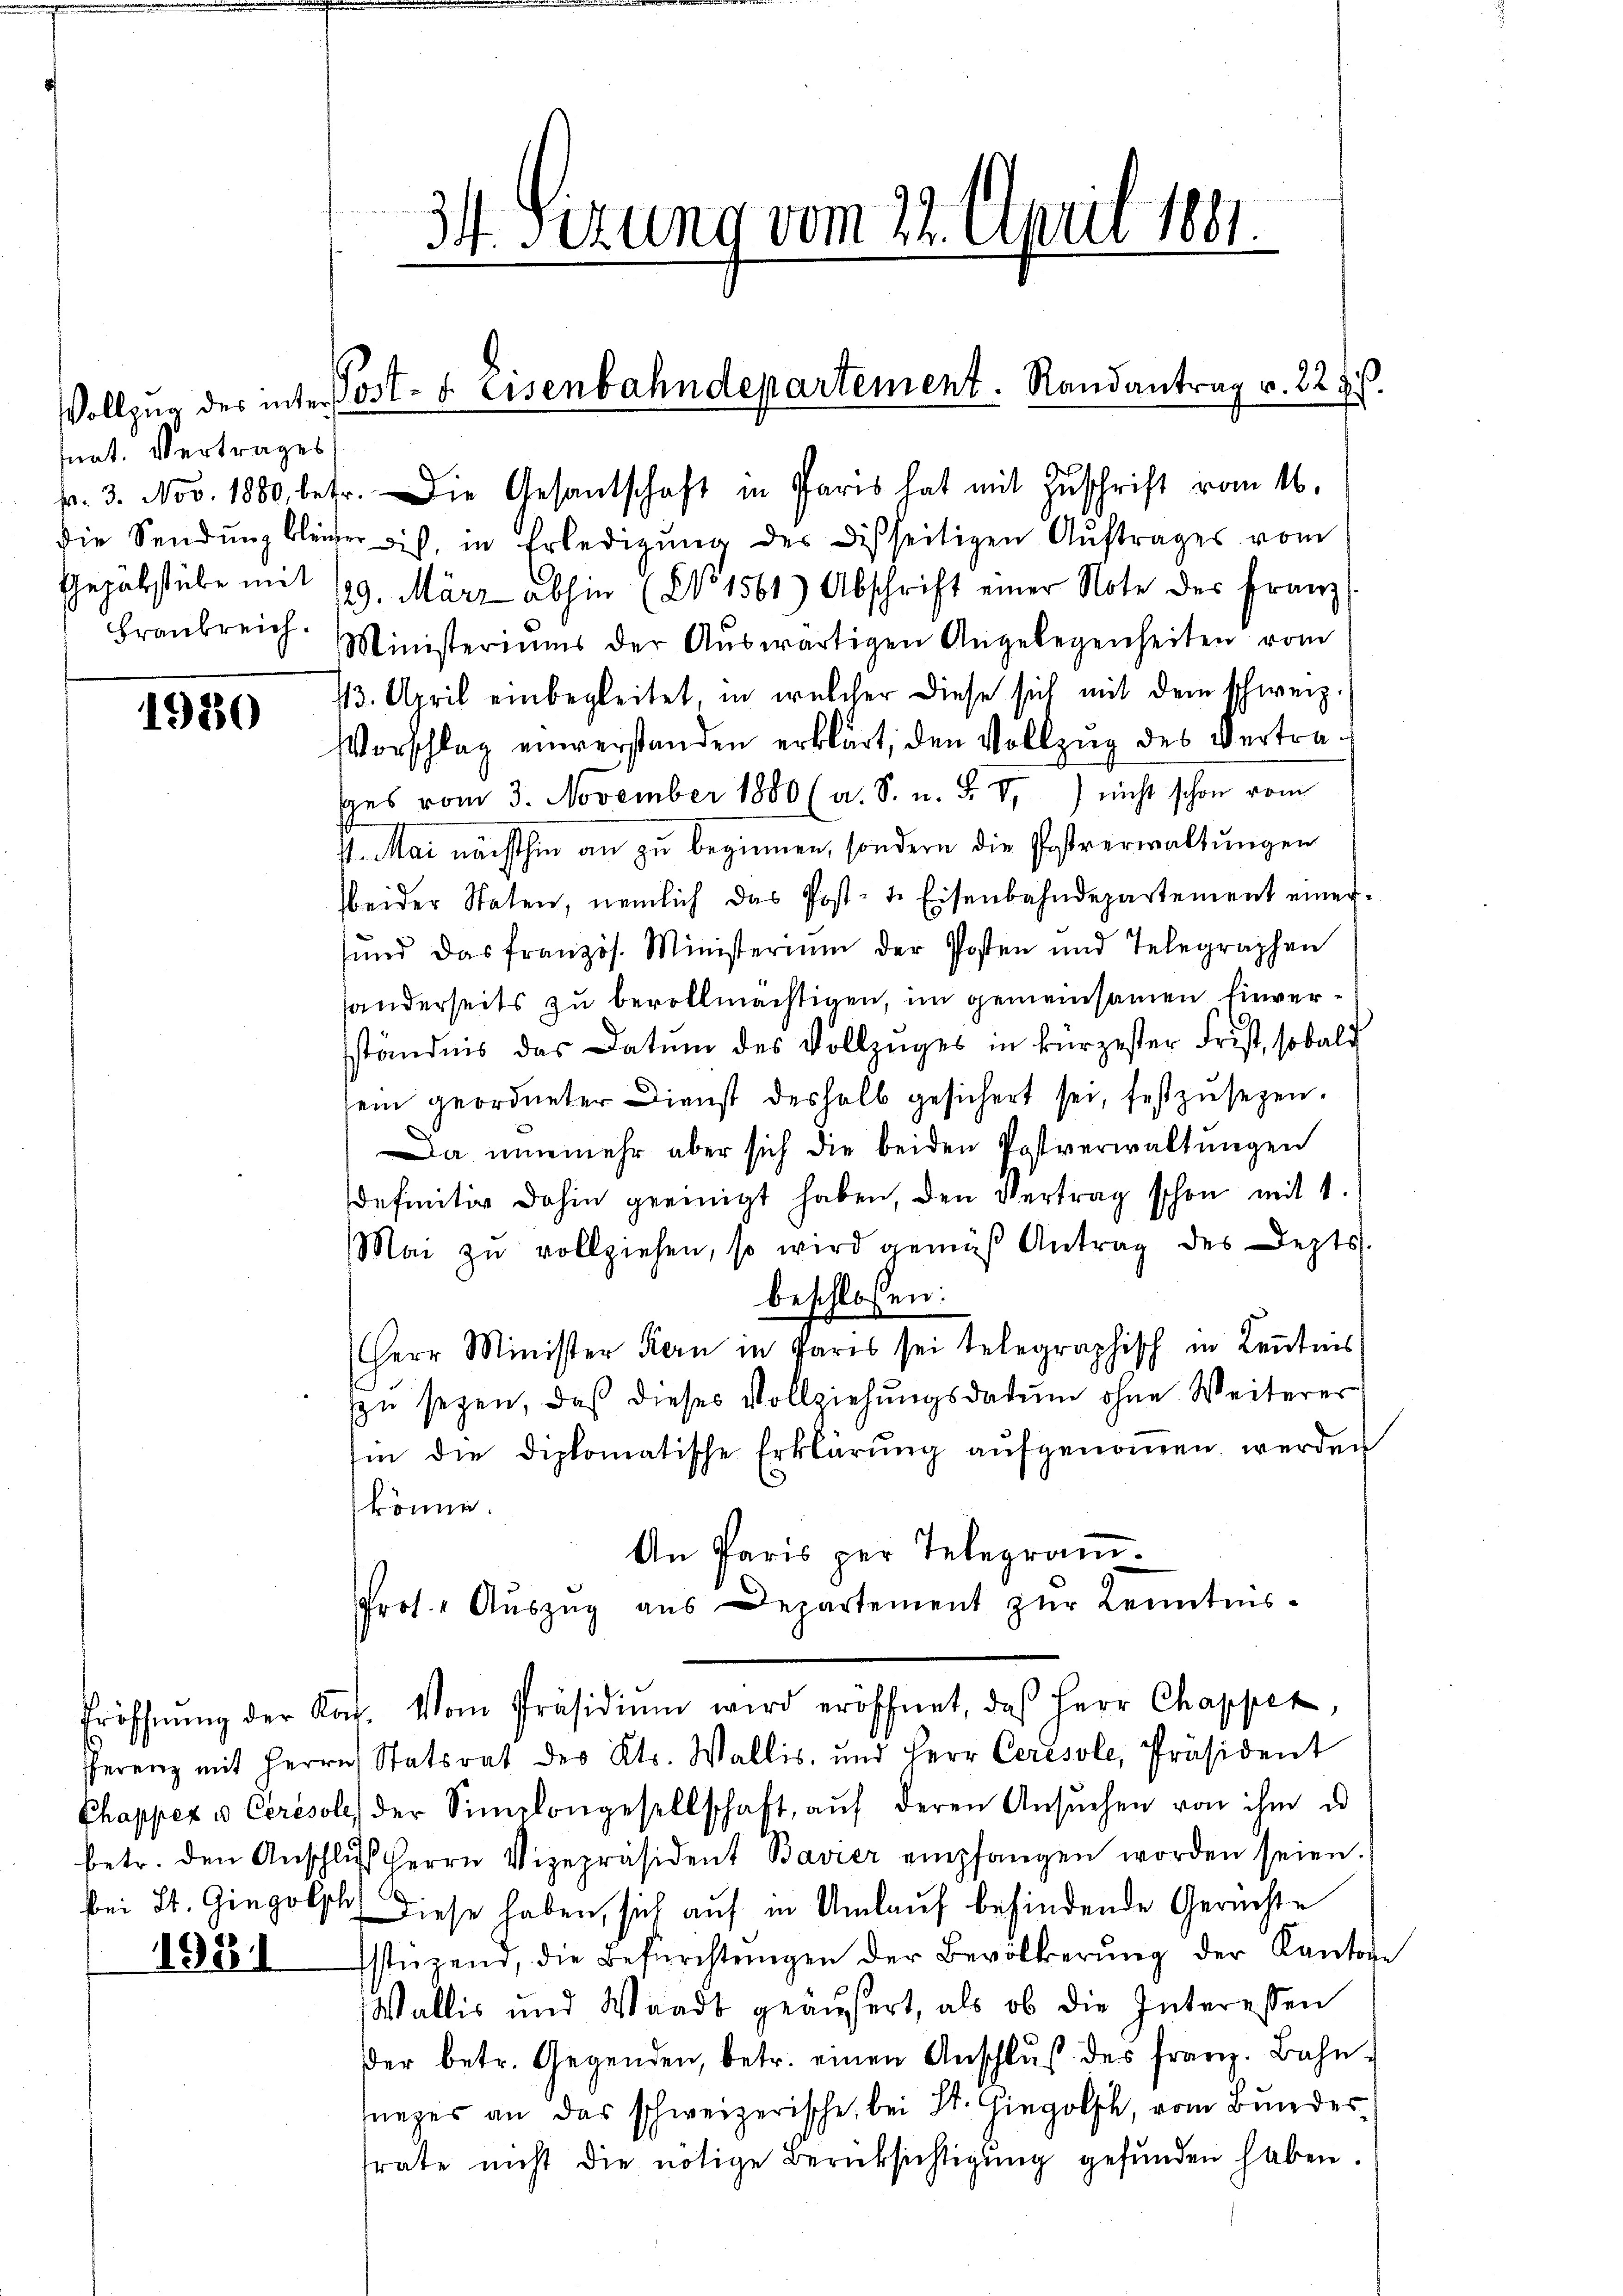
fnat. Vertrages
Gepäbstube mit

1980

1981

p. 3. Nov. 1880, betr. Die Gesantschaft in Paris hat mit Zuschrift vom 16.
die Sendŭng bleiber ich, in Erledigŭng des Disseitigen Aŭftrages vom
29. März abhin (No 1561) Abschrift einer Note der Franz
Fraŭbreich. Ministeriums der Aŭswärtigen Angelegenheiten vom
13. April einbegleitet, in welcher diese sich mit dem schweiz.
Vorschlag einverstanden erklärt, den Vollzŭg des Vertra-
ges vom 3. November 1880 (a. S. u. F. VI.) nicht schon vom
G. Mai nächsthin an zŭ beginnen, sondern die Postverwaltŭngen
beider Staten, nemlich das Post-te Eisenbahndepartement einer-
sŭnd das französ. Ministerium der Posten und Telegraphen
handerseits zu bevollmächtigen, im gemeinsamen Einverständnis das Datum des Vollzuges in kürzester Frist, sobald
sein geordneter Dienst deshalb gesichert sei, festzusetzen.
Da nunmehr aber sich die beiden Postverwaltungen
definitiv dahin geeinigt haben, den Vertrag schon mit 1.
Mai zu vollziehen, so wird gemäß Antrag des Depts
beschlossen:
Herr Minister Kern in Paris sei telegraphisch in Kenntnis
zŭ seyen, daß dieses Vollziehŭngsdatum ohne Weiterer
Ein die diplomatische Erklärung aufgenommen werden
könne.
An Paris per Telegram¬
Pros. " Aŭszŭg aŭs Departement zŭr Kenntnis-
Eröffnŭng der Kof. Vom Präsidiŭm wird eröffnet, daß Herr Chappet,
fferenz mit Herrn Statsrat des Kts. Wallis, und Herr Ceresole, Präsident
Chappez u Ceresole, der Simplongesellschaft, aŭf deren Ansŭchen von ihm u
betr. den Anschlŭβ Herrn Vizepräsident Bavier empfangen worden seien.
bei St. Gingolsk Diese haben, sich auf in Umlauf befindende Gerechte
stüzend, die Befürchtŭngen der Bevölkerŭng der Kantone
Wallis und Waadt geäußert, als ob die Interessen
der betr. Gegenden, betr. einen Anschlŭβ des franz. Bahn-
fueges an das schweizerische, bei St. Gingolsch, vom Bundesfrate nicht die nötige Berücksichtigung gefunden haben.

34 sezung vom 22. April 1881.

Vollzug der inter Post- u. Eisenbahndepartement. Randantrag v. 227